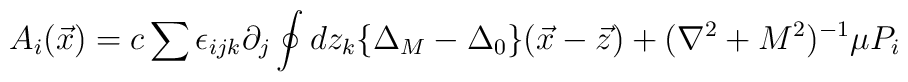
A_i(\vec{x})=c\sum \epsilon_{ijk}\partial_j\oint dz_k\{\Delta_M-\Delta_0\}(\vec{x}-\vec{z})+(\nabla^2+M^2)^{-1}\mu P_i